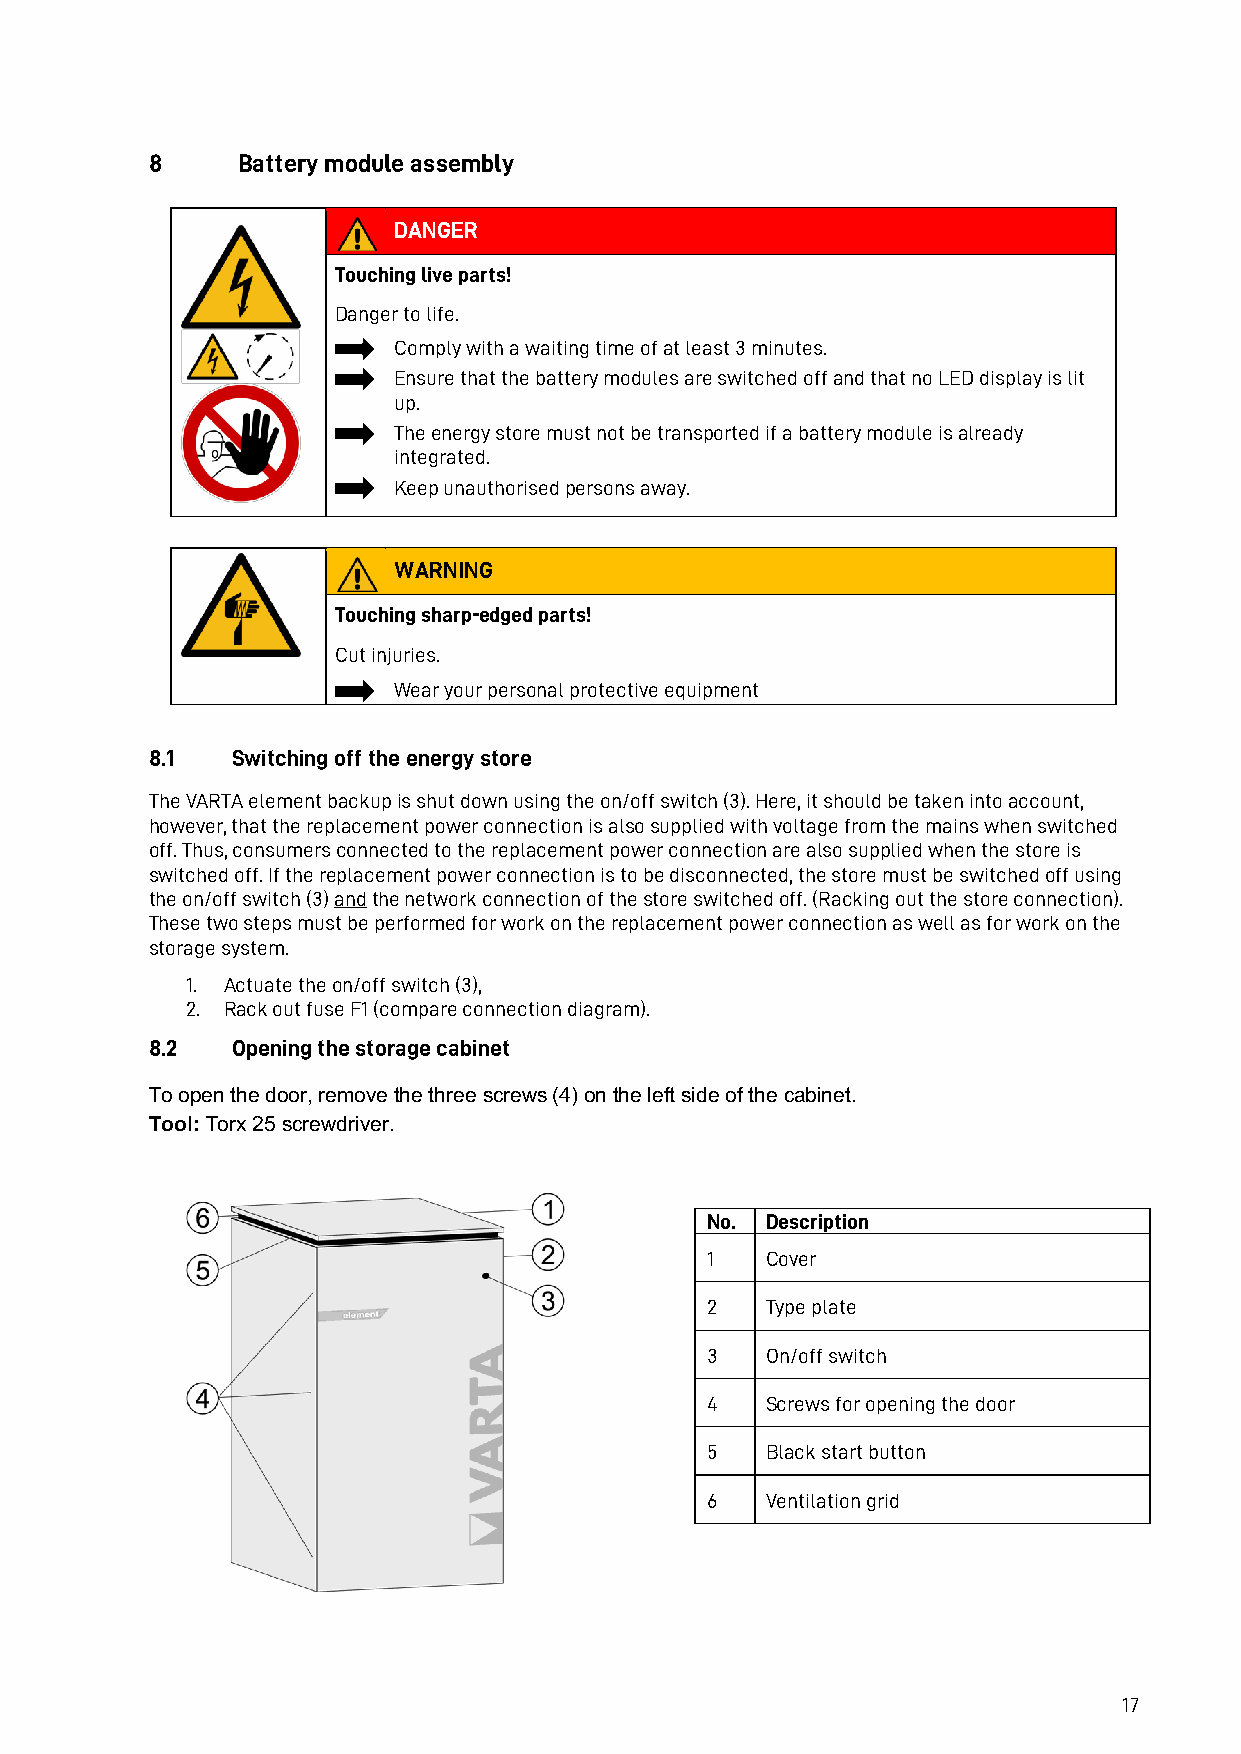
8     Battery module assembly
 DANGER
 Touching live parts!
 Danger to life.
 Comply with a waiting time of at least 3 minutes.
 Ensure that the battery modules are switched off and that no LED display is lit
 up.
 The energy store must not be transported if a battery module is already
 integrated.
 Keep unauthorised persons away.
 WARNING
 Touching sharp-edged parts!
 Cut injuries.
 Wear your personal protective equipment
 8.1  Switching off the energy store
 The VARTA element backup is shut down using the on/off switch (3). Here, it should be taken into account,
 however, that the replacement power connection is also supplied with voltage from the mains when switched
 off. Thus, consumers connected to the replacement power connection are also supplied when the store is
 switched off. If the replacement power connection is to be disconnected, the store must be switched off using
 the on/off switch (3) and the network connection of the store switched off. (Racking out the store connection).
 These two steps must be performed for work on the replacement power connection as well as for work on the
 storage system.
 1. Actuate the on/off switch (3),
 2. Rack out fuse F1 (compare connection diagram).
 8.2  Opening the storage cabinet
 To open the door, remove the three screws (4) on the left side of the cabinet.
 Tool: Torx 25 screwdriver.
 No. Description
 1   Cover
 2   Type plate
 3   On/off switch
 4   Screws for opening the door
 5   Black start button
 6   Ventilation grid
 17